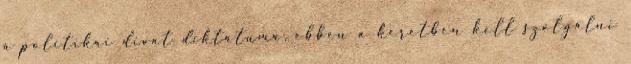
a politikai divat diktátuma, ebben a keretben kell szolgálni